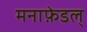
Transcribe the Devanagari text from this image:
मनाफ़ेडल्